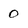
Character: 0